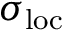
\sigma _ { \mathrm { l o c } }